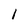
Character: 1